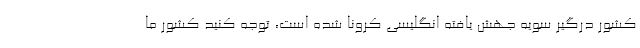
کشور درگیر سویه جهش یافته انگلیسی کرونا شده است، توجه کنید کشور ما